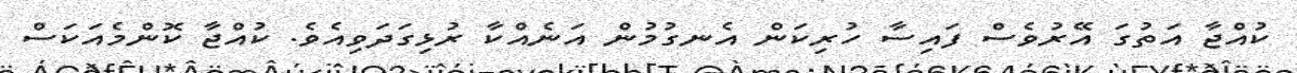
ކުއްޖާ އަތުގަ އޭރުވެސް ފައިސާ ހުރިކަން އެނގުމުން އަނެއްކާ ރުޅިގަދަވިއެވެ. ކުއްޖާ ކޮންމެއަކަސް